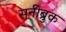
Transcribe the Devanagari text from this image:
सनीब्रुक